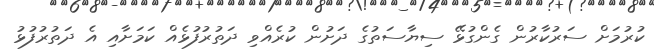
ކުރުމަށް ސަރުކާރުން ގެންގުޅޭ ސިޔާސަތުގެ ދަށުން ކުރެއްވި ދަތުރުފުޅެއް ކަމަށާއި އެ ދަތުރުފުޅު